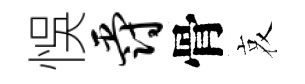
悞爵骨哀